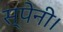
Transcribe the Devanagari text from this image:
स्पेनी।